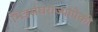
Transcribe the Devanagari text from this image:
मित्रसंघराज्यांपैकी